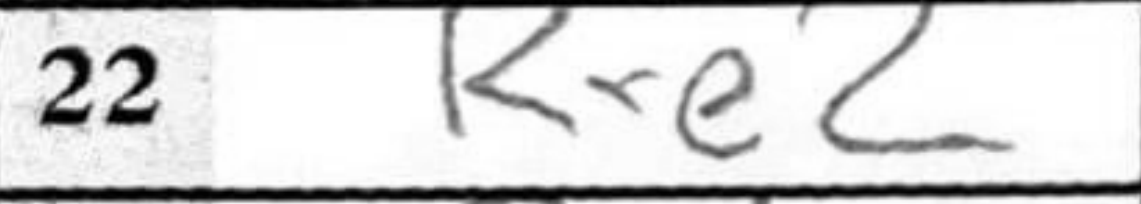
Transcription: Rxe2